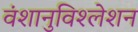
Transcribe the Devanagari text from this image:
वंशानुविश्लेशन